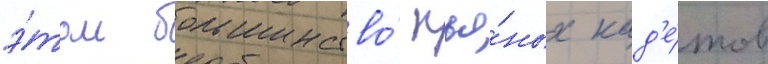
э́том большинство́ пья́ных кад'е́тов